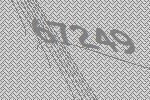
67249